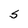
Character: S